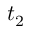
t _ { 2 }